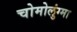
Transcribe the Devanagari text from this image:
चोमोलुंग्मा